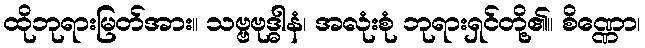
ထိုဘုရားမြတ်အား။ သဗ္ဗဗုဒ္ဓါနံ၊ အလုံးစုံ ဘုရားရှင်တို့၏။ စိဏ္ဏော၊